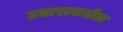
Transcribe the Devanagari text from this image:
उताराकडील